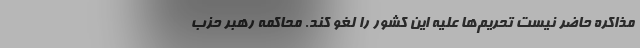
مذاکره حاضر نیست تحریم‌ها علیه این کشور را لغو کند. محاکمه رهبر حزب